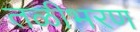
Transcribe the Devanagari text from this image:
तळीभरण